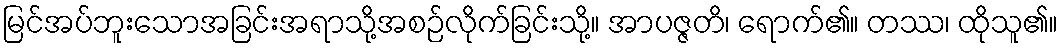
မြင်အပ်ဘူးသောအခြင်းအရာသို့အစဉ်လိုက်ခြင်းသို့။ အာပဇ္ဇတိ၊ ရောက်၏။ တဿ၊ ထိုသူ၏။